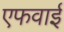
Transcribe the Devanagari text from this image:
एफवाई